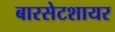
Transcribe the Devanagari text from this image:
बारसेटशायर